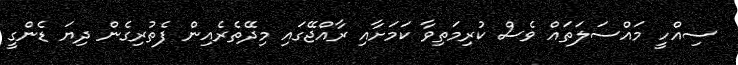
ސިއްހީ މައްސަލަތައް ވެސް ކުރިމަތިވާ ކަމަށާއި ރާއްޖޭގައި މިދޭތެރެއިން ފެތުރިގެން ދިޔަ ޑެންގީ